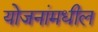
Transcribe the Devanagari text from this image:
योजनांमधील